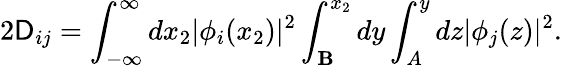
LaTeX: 2\mathsf{D}_{ij}=\int_{-\infty}^{\infty}dx_{2}|\phi_{i}(x_{2})|^{2}\int_{\mathbf{B}}^{x_{2}}dy\int_{A}^{y}dz|\phi_{j}(z)|^{2}.